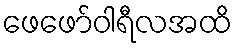
ဖေဖော်ဝါရီလအထိ